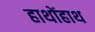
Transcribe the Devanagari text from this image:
हाथोंहाथ